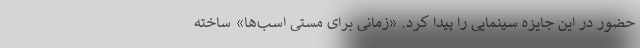
حضور در این جایزه سینمایی را پیدا کرد. «زمانی برای مستی اسب‌ها» ساخته